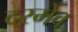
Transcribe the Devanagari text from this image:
दरमेव